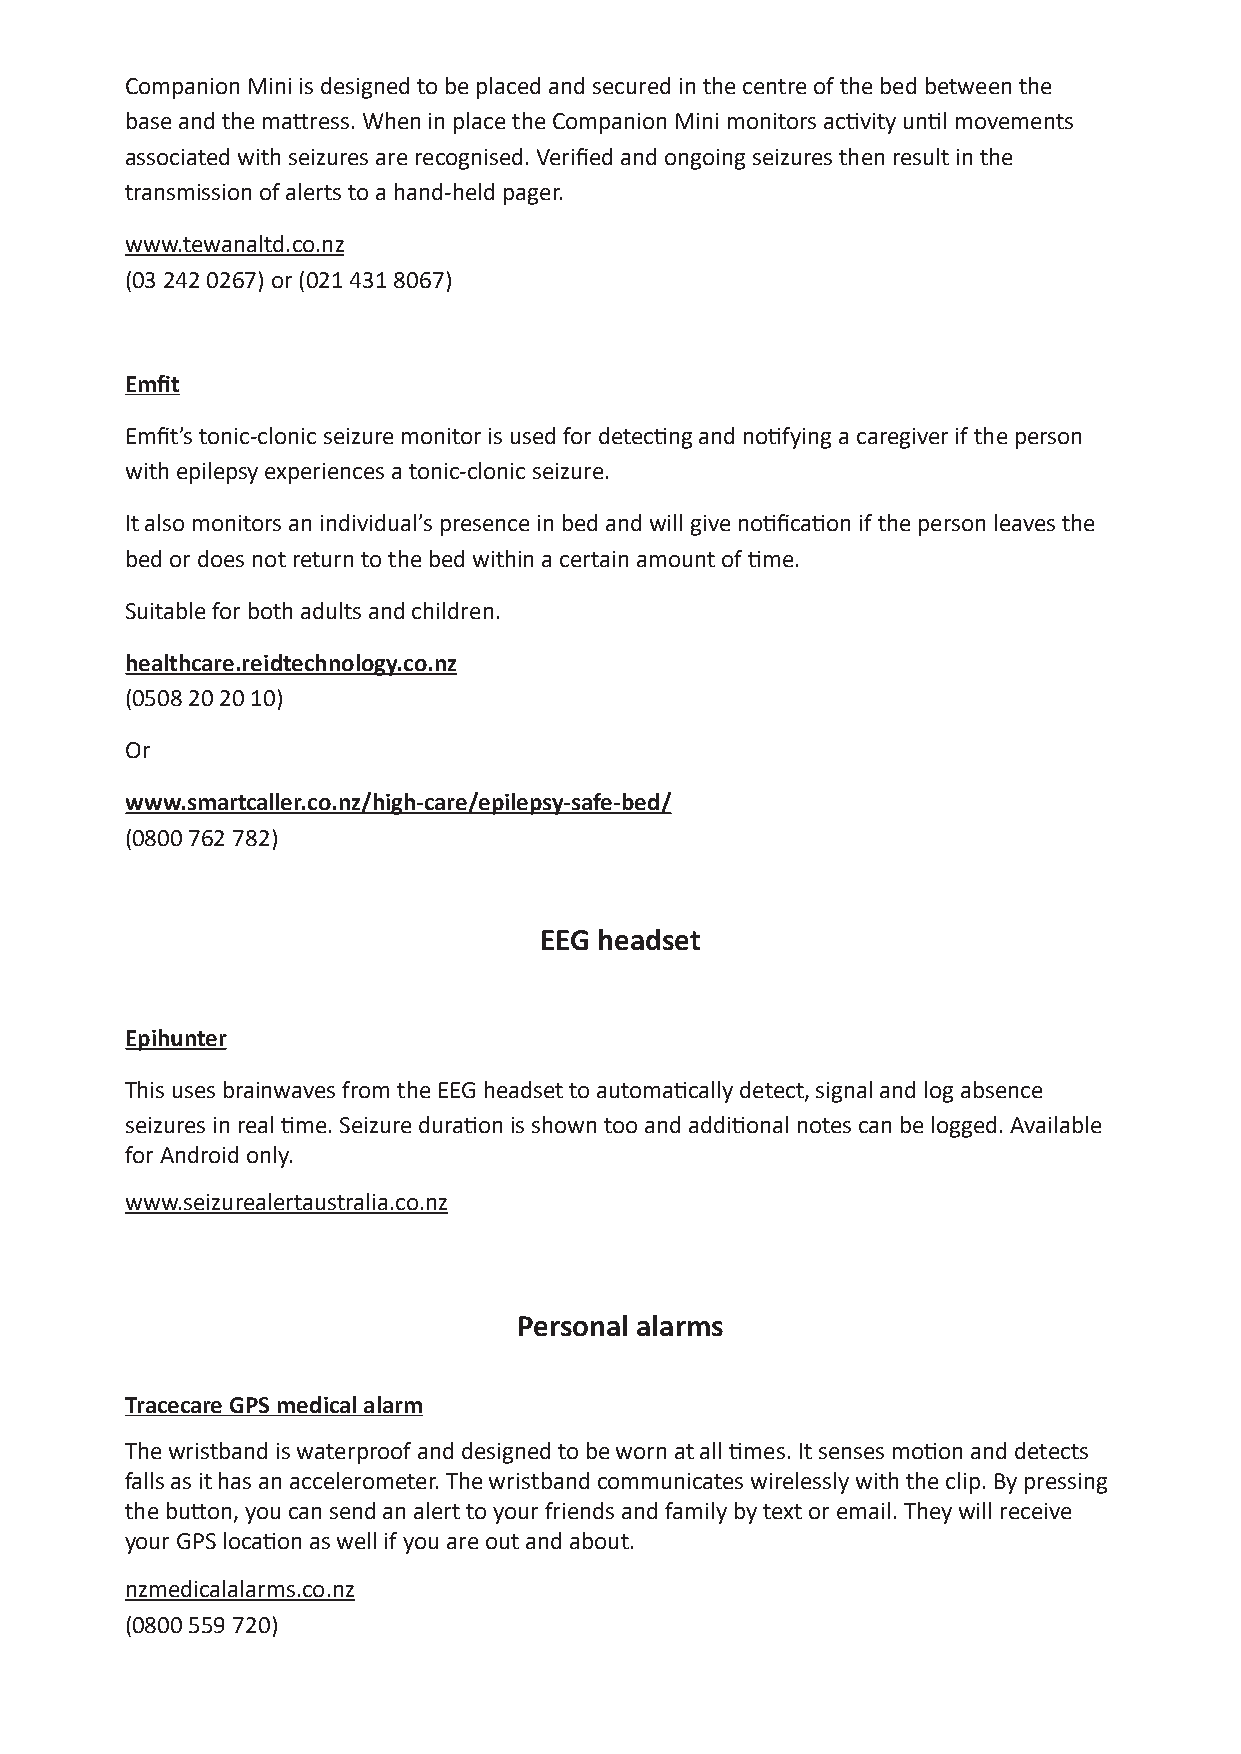
Companion Mini is designed to be placed and secured in the centre of the bed between the
 base and the mattress. When in place the Companion Mini monitors activity until movements
 associated with seizures are recognised. Verified and ongoing seizures then result in the
 transmission of alerts to a hand-held pager.
 www.tewanaltd.co.nz
 (03 242 0267) or (021 431 8067)
 Emfit
 Emfit’s tonic-clonic seizure monitor is used for detecting and notifying a caregiver if the person
 with epilepsy experiences a tonic-clonic seizure.
 It also monitors an individual’s presence in bed and will give notification if the person leaves the
 bed or does not return to the bed within a certain amount of time.
 Suitable for both adults and children.
 healthcare.reidtechnology.co.nz
 (0508 20 20 10)
 Or
 www.smartcaller.co.nz/high-care/epilepsy-safe-bed/
 (0800 762 782)
 EEG headset
 Epihunter
 This uses brainwaves from the EEG headset to automatically detect, signal and log absence
 seizures in real time. Seizure duration is shown too and additional notes can be logged. Available
 for Android only.
 www.seizurealertaustralia.co.nz
 Personal alarms
 Tracecare GPS medical alarm
 The wristband is waterproof and designed to be worn at all times. It senses motion and detects
 falls as it has an accelerometer. The wristband communicates wirelessly with the clip. By pressing
 the button, you can send an alert to your friends and family by text or email. They will receive
 your GPS location as well if you are out and about.
 nzmedicalalarms.co.nz
 (0800 559 720)